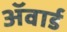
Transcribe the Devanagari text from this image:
अॅवार्ड